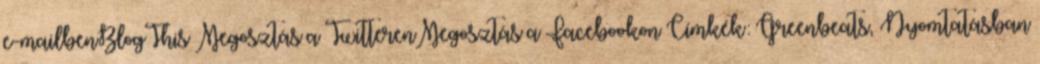
e-mailbenBlogThis Megosztás a TwitterenMegosztás a Facebookon Címkék: Greenbeats, Nyomtatásban